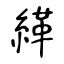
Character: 緙